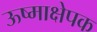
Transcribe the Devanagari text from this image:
ऊष्माक्षेपक